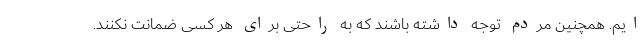
ایم. همچنین مردم توجه داشته باشند که به راحتی برای هر کسی ضمانت نکنند.